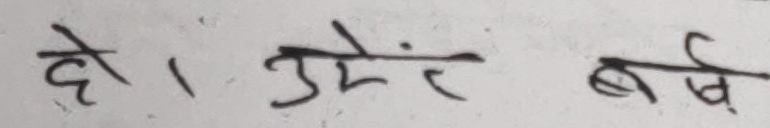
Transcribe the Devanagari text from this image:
हो । उमेर बर्ष